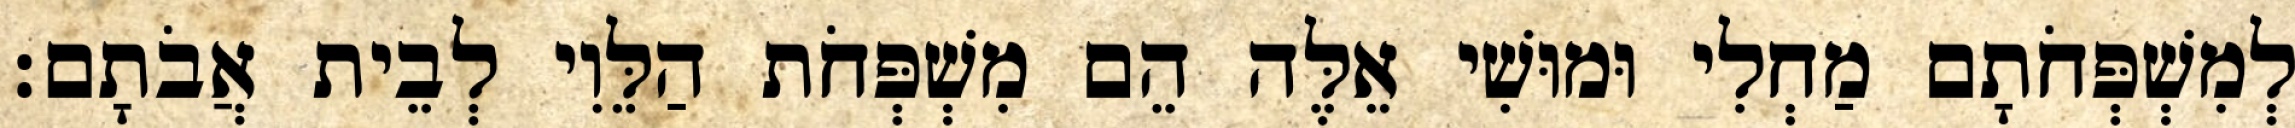
לְמִשְׁפְּחֹתָם מַחְלִי וּמוּשִׁי אֵלֶּה הֵם מִשְׁפְּחֹת הַלֵּוִי לְבֵית אֲבֹתָם׃